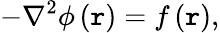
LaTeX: -\nabla^{2}\phi\left(\boldsymbol{\mathtt{r}}\right)=f\left(\boldsymbol{\mathtt{r}}\right),